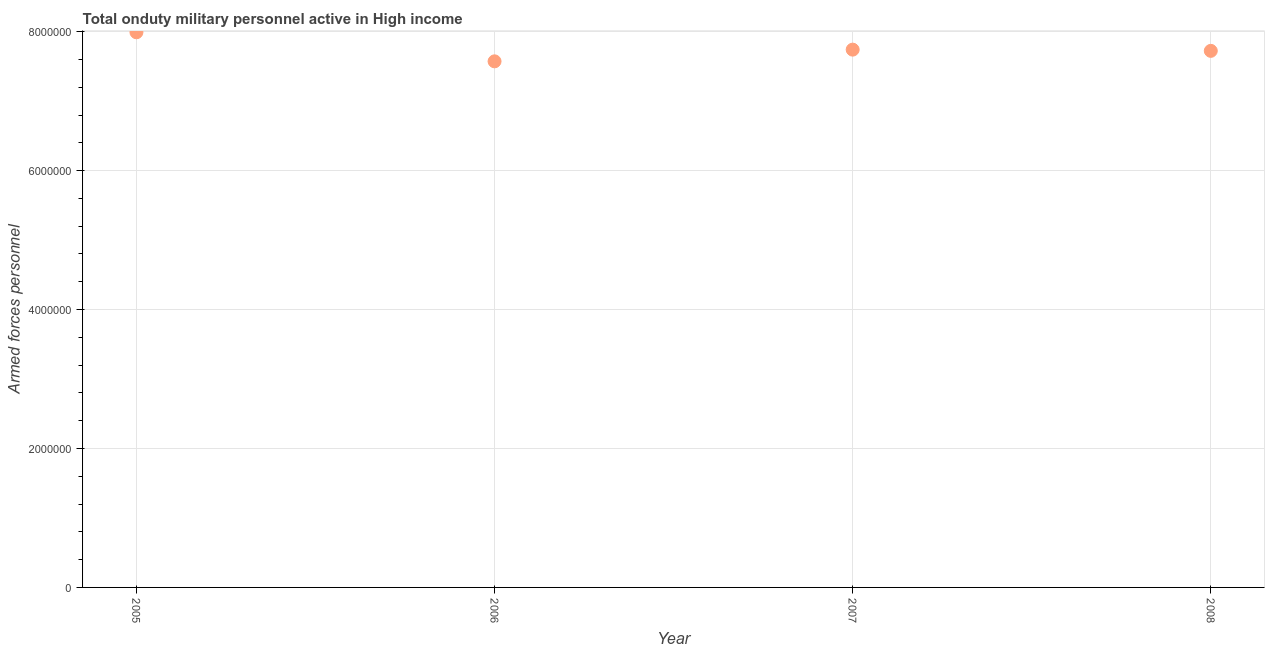
| Year | Armed forces personnel |
 | --- | --- |
 | 2005 | 7.99e+06 |
 | 2006 | 7.57e+06 |
 | 2007 | 7.74e+06 |
 | 2008 | 7.72e+06 |